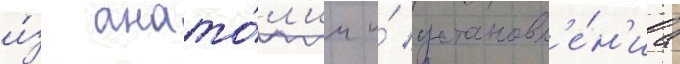
и́з анато́л'ии и́ установл'е́н'иа